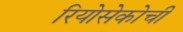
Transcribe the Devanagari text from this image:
रियोसेकोची